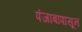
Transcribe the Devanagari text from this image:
पंजाबापासून